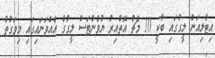
އިޓާލިއަން ލީގުގައި ބާކީ 10 މެޗު އޮތްއިރު ޔުވެންޓަސް ލީގުގެ އެއްވަނައިގައި މިވަގުތު